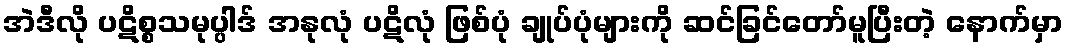
အဲဒီလို ပဋိစ္စသမုပ္ပါဒ် အနုလုံ ပဋိလုံ ဖြစ်ပုံ ချုပ်ပုံများကို ဆင်ခြင်တော်မူပြီးတဲ့ နောက်မှာ